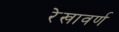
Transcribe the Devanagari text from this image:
रेखावर्ण